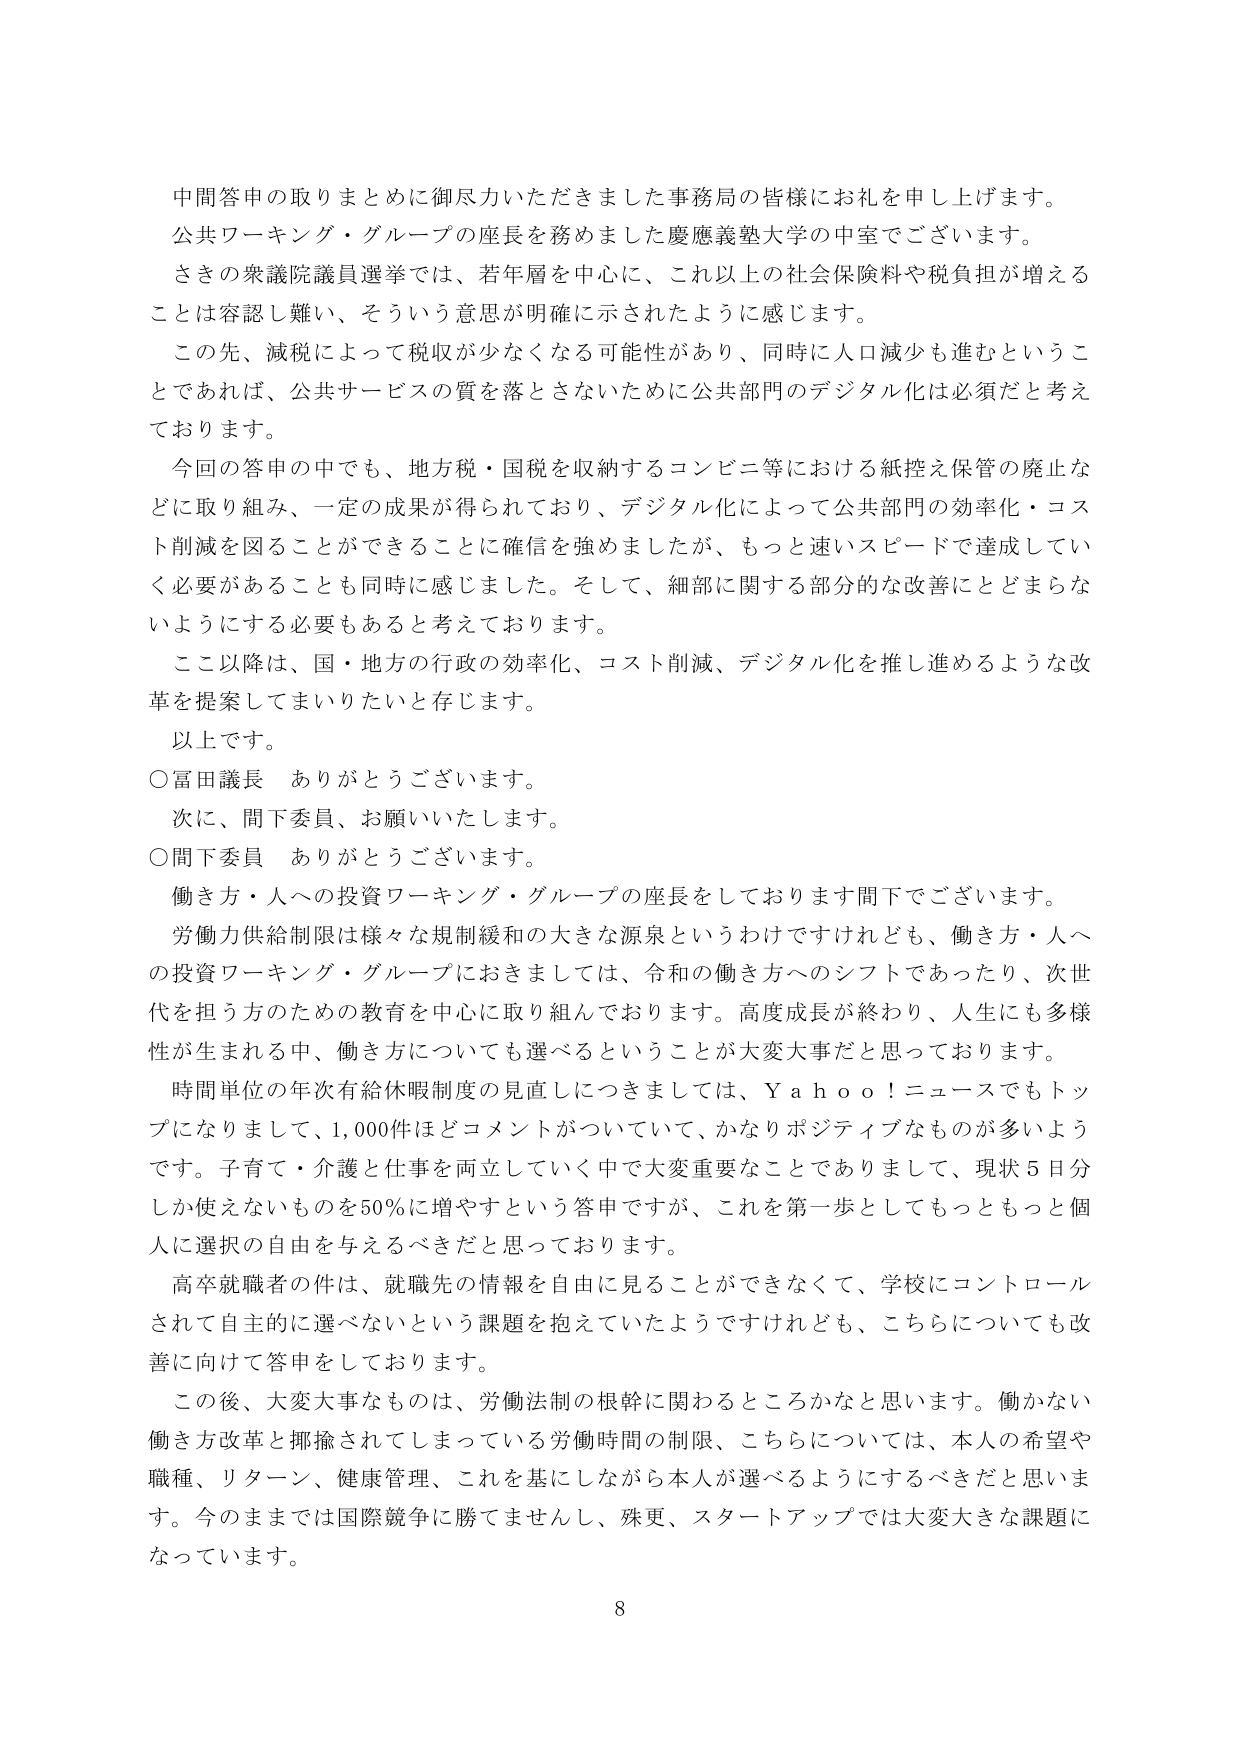
中間答申の取りまとめに御尽力いただきました事務局の皆様にお礼を申し上げます。
公共ワーキング・グループの座長を務めました慶應義塾大学の中室でございます。
さきの衆議院議員選挙では、若年層を中心に、これ以上の社会保険料や税負担が増えることは容認し難い、そういう意思が明確に示されたように感じます。
この先、減税によって税収が少なくなる可能性があり、同時に人口減少も進むということであれば、公共サービスの質を落とさないために公共部門のデジタル化は必須だと考えております。
今回の答申の中でも、地方税・国税を収納するコンビニ等における紙控え保管の廃止などに取り組み、一定の成果が得られており、デジタル化によって公共部門の効率化・コスト削減を図ることができることに確信を強めましたが、もっと速いスピードで達成していく必要があることも同時に感じました。そして、細部に関する部分的な改善にとどまらないようにする必要もあると考えております。
ここ以降は、国・地方の行政の効率化、コスト削減、デジタル化を推し進めるような改革を提案してまいりたいと存じます。
以上です。
○富田議長 ありがとうございます。
次に、間下委員、お願いいたします。
○間下委員 ありがとうございます。
働き方・人への投資ワーキング・グループの座長をしております間下でございます。
労働力供給制限は様々な規制緩和の大きな源泉というわけではけれども、働き方・人への投資ワーキング・グループにおきましては、令和の働き方へのシフトであったり、次世代を担う方のための教育を中心に取り組んでおります。高度成長が終わり、人生にも多様性が生まれる中、働き方についても選べるということが大変大事だと思っております。
時間単位の年次有給休暇制度の見直しにつきましては、Ｙａｈｏｏ！ニュースでもトップになりまして、1,000件ほどコメントがついていて、かなりポジティブなものが多いようです。子育て・介護と仕事を両立していく中で大変重要なことでありまして、現状5日分しか使えないものを50％に増やすという答申ですが、これを第一歩としてもっともっと個人に選択の自由を与えるべきだと思っております。
高卒就職者の件は、就職先の情報を自由に見ることができなくて、学校にコントロールされて自主的に選べないという課題を抱えていたようですが、こちらについても改善に向けて答申をしております。
この後、大変大事なものは、労働法制の根幹に関わるところかなと思います。働かない働き方改革と揶揄されてしまっている労働時間の制限、こちらについては、本人の希望や職種、リターン、健康管理、これを基にしながら本人が選べるようにするべきだと思います。今のままでは国際競争に勝てませんし、殊更、スタートアップでは大変大きな課題になっています。
8